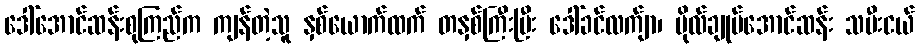
ဒေါ်အောင်ဆန်းစုကြည်က ကျန်တဲ့သူ နှစ်ယောက်ထက် တနှစ်ကြီးပြီး ဒေါ်ခင်လက်ျာ၊ ဗိုလ်ချုပ်အောင်ဆန်း သမီးငယ်